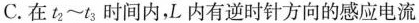
C.在$$t_{2}\sim t_{3}$$时间内，L内有逆时针方向的感应电流